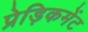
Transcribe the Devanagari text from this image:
प्रेड़िकमेंट